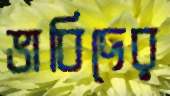
ভাবিদের